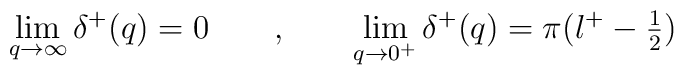
\lim_{q\rightarrow\infty}\delta^+(q)=0 \qquad , \qquad\lim_{q\rightarrow 0^+}\delta^+(q)=\pi(\l^+-\textstyle\frac{1}{2})